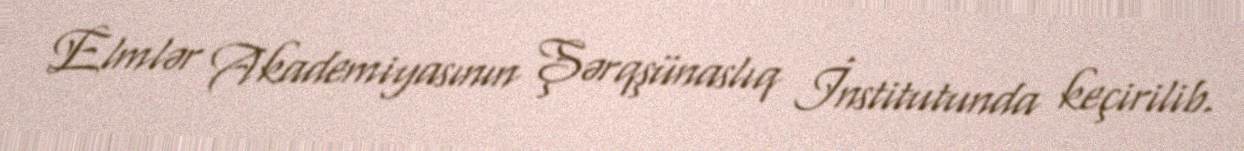
Elmlər Akademiyasının Şərqşünaslıq İnstitutunda keçirilib.